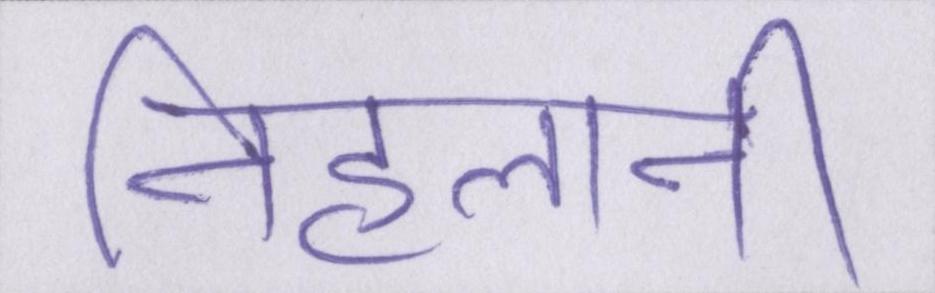
निहलानी